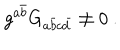
g ^ { a { \bar { b } } } G _ { a { \bar { b } } c { \bar { d } } } \ne 0 \ .